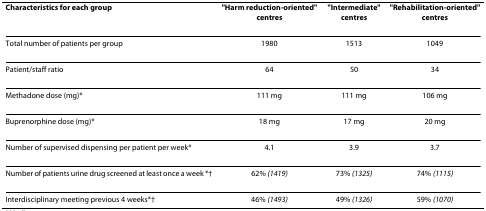
| Characteristics for each group | "Harm reduction-oriented" centres | "Intermediate" centres | "Rehabilitation-oriented" centres |
 | --- | --- | --- | --- |
 | Total number of patients per group | 1980 | 1513 | 1049 |
 | Patient/staff ratio | 64 | 50 | 34 |
 | Methadone dose (mg)* | 111 mg | 111 mg | 106 mg |
 | Buprenorphine dose (mg)* | 18 mg | 17 mg | 20 mg |
 | Number of supervised dispensing per patient per week* | 4.1 | 3.9 | 3.7 |
 | Number of patients urine drug screened at least once a week *† | 62% (1419) | 73% (1325) | 74% (1115) |
 | Interdisciplinary meeting previous 4 weeks*† | 46% (1493) | 49% (1326) | 59% (1070) |